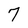
Character: 7